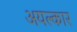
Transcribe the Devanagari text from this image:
अयल्कार